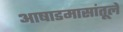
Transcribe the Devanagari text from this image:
आषाडमासांतूले